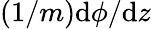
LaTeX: (1/m)\mathrm{d}\phi/\mathrm{d}z